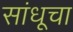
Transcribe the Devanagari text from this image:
सांधूचा